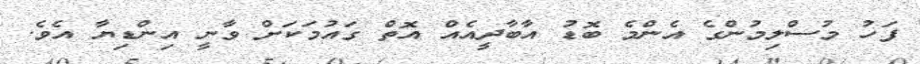
ފަހު މުސްލިމުންގެ އެންމެ ބޮޑު އާބާދީއެއް އޮތް ގައުމަކަށް ވާނީ އިންޑިޔާ އެވެ.